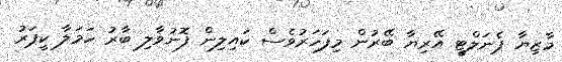
މާޒިޔާ ޕެނަލްޓީ އޭރިޔާ ބޭރުން މިފަހަރުވެސް ކައިލިން ފޮނުވާލި ބާރު ހަމަލާ ކީޕަރު